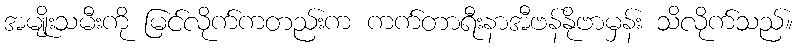
အမျိုးသမီးကို မြင်လိုက်ကတည်းက ကက်တာရီးနာအီဗန်နိုဗာမှန်း သိလိုက်သည်။